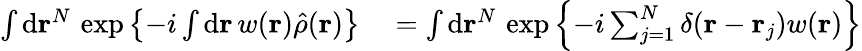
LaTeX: \begin{array}{rl}{\int\mathrm{d}\mathbf{r}^{N}\, \exp\left\{ -i\int\mathrm{d}\mathbf{r}\, w(\mathbf{r})\hat{\rho}(\mathbf{r})\right\} }&{{}=\int\mathrm{d}\mathbf{r}^{N}\, \exp\left\{ -i\sum_{j=1}^{N}\delta(\mathbf{r}-\mathbf{r}_{j})w(\mathbf{r})\right\} }\end{array}